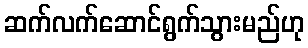
ဆက်လက်ဆောင်ရွက်သွားမည်ဟု